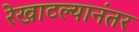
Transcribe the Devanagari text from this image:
रेखाटल्यानंतर